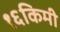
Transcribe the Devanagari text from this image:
१६किमी